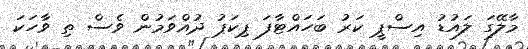
މާލޭގަ ލައުޑު އިސްޕީ ކަރު ބަހައްޓާފަ ޕިކަޕު ދުއްވަމުން ވެސް ތި ވާހަކަ